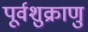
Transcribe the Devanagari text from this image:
पूर्वशुक्राणु